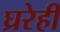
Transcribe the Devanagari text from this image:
घ्ररेही